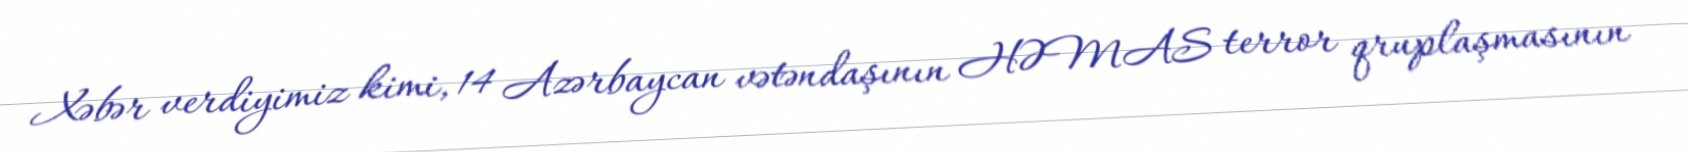
Xəbər verdiyimiz kimi, 14 Azərbaycan vətəndaşının HƏMAS terror qruplaşmasının